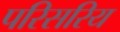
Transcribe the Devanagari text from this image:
परिसरिय